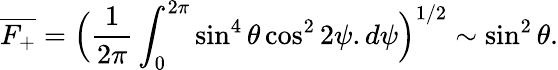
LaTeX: \overline{{F_{+}}}=\Bigl(\frac{1}{2\pi}\int_{0}^{2\pi}\sin^{4}{\theta}\cos^{2}{2\psi}.d\psi\Bigr)^{1/2}\sim\sin^{2}{\theta}.